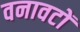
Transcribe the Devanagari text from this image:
वनावटों